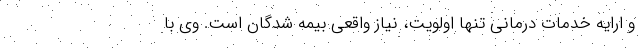
و ارایه خدمات درمانی تنها اولویت، نیاز واقعی بیمه شدگان است. وی با